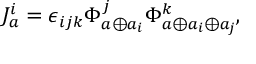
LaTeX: J _ { a } ^ { i } = \epsilon _ { i j k } \Phi _ { a \oplus a _ { i } } ^ { j } \Phi _ { a \oplus a _ { i } \oplus a _ { j } } ^ { k } ,